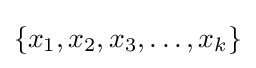
\{x_{1},x_{2},x_{3},\ldots ,x_{k}\}